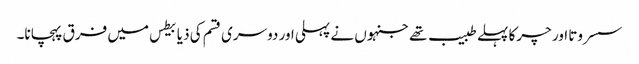
سسروتا اور چرکا پہلے طبیب تھے جنہوں نے پہلی اور دوسری قسم کی ذیابیطس میں فرق پہچانا۔